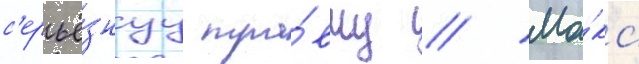
с'ерьё́знуу тра́вму // Ма́кс